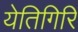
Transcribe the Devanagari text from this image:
येतिगिरि